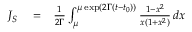
\begin{array} { r l r } { J _ { S } } & { { } = } & { { \frac { 1 } { 2 \Gamma } } \int _ { \mu } ^ { \mu \, \mathrm { e x p } ( 2 \Gamma ( t - t _ { 0 } ) ) } { \frac { 1 - x ^ { 2 } } { x ( 1 + x ^ { 2 } ) } } \, d x } \end{array}